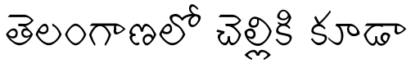
తెలంగాణలో చెల్లికి కూడా